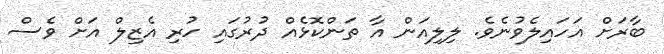
ބާރަށް އަހައިލެވުނެވެ. ލިލިއަން އާ ތަންކޮޅެއް ދުރުގައި ހުރި އެޒިލް އަށް ވެސް